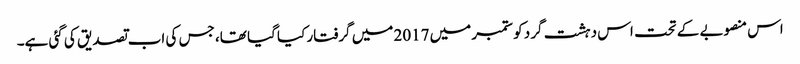
اس منصوبے کے تحت اس دہشت گرد کو ستمبر میں 2017 میں گرفتار کیا گیا تھا، جس کی اب تصدیق کی گئی ہے۔